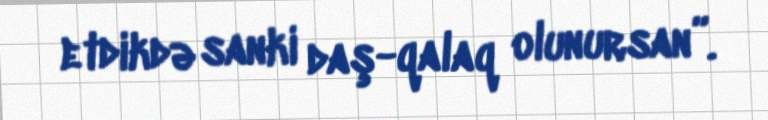
etdikdə sanki daş-qalaq olunursan”.